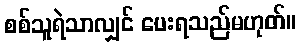
စစ်သူရဲသာလျှင် ပေးရသည်မဟုတ်။